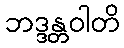
ဘဒ္ဒန္တဝါတိ